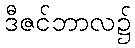
ဒီဇင်ဘာလ၌